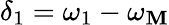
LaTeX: \delta_{1}=\omega_{1}-\omega_{\mathbf{M}}